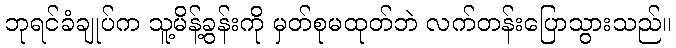
ဘုရင်ခံချုပ်က သူ့မိန့်ခွန်းကို မှတ်စုမထုတ်ဘဲ လက်တန်းပြောသွားသည်။